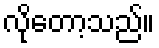
လိုတော့သည်။